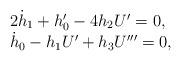
LaTeX: \begin{align*} \begin{array}{l} 2 \dot{h}_1+ h_0'-4h_2U'=0,\\ \dot{h}_0-h_1U'+h_3U'''=0,\end{array} \end{align*}